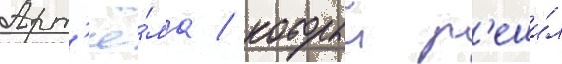
Арт'ё́ма / которыи р'еши́л